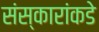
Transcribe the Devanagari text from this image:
संस्कारांकडे